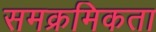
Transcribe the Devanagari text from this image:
समक्रमिकता